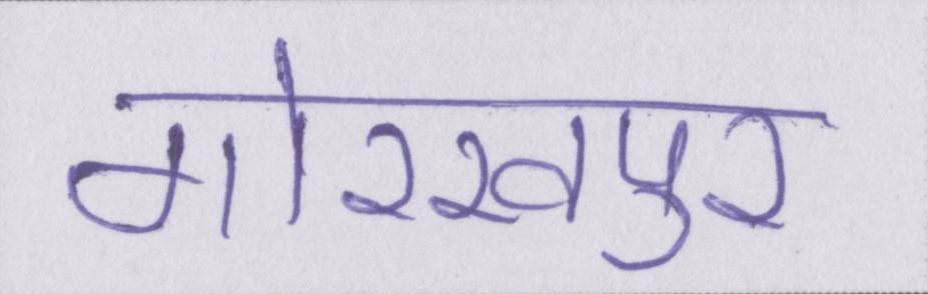
गोरखपुर